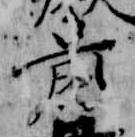
前